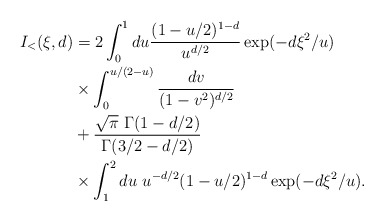
\begin{align*}I_<(\xi,d) &= 2 \int_0^{1} du \frac{(1-u/2)^{1-d}}{u^{d/2}} \exp (-d\xi^2/u) \\ & \times \int_0^{u/(2-u)} \frac {dv} {(1-v^2)^{d/2}} \\ & + \frac{\sqrt{\pi}~ \Gamma(1-d/2)}{\Gamma(3/2-d/2)} \\ &\times \int_1^2 du~ u^{-d/2} (1-u/2)^{1-d} \exp (-d\xi^2/u). \\\end{align*}